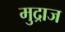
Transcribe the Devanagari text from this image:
मुद्राज